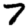
Digit: 7